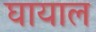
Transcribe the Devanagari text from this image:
घायाल